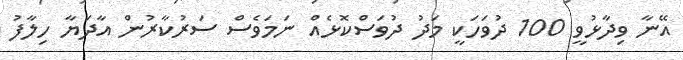
އޭނާ ވިދާޅުވީ 100 ދުވަހަކީ މަދު ދުވަސްކޮޅެއް ނަމަވެސް ސަރުކާރުން އާދަޔާ ހިލާފު